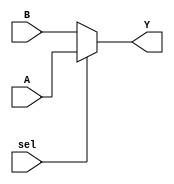
module conditional_assignment (
    input wire A,        // Input signal A
    input wire B,        // Input signal B
    input wire sel,      // Control signal for selection
    output wire Y        // Output signal
);

// Continuous assignment using the ternary operator
assign Y = (sel) ? A : B;

endmodule